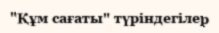
"Құм сағаты" түріндегілер